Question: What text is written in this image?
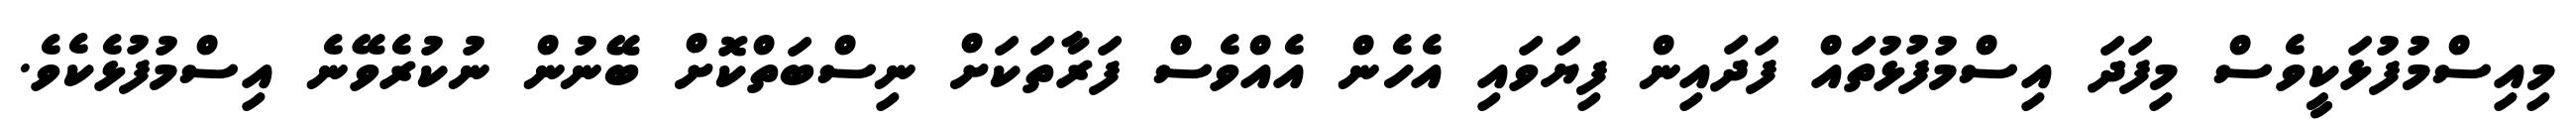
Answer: މިއިސްމުފުޅަކީވެސް މިފަދަ އިސްމުފުޅުތައް ފަދައިން ފިޔަވައި އެހެން އެއްވެސް ފަރާތަކަށް ނިސްބަތްކޮށް ބޭނުން ނުކުރެވޭނެ އިސްމުފުޅެކެވެ.